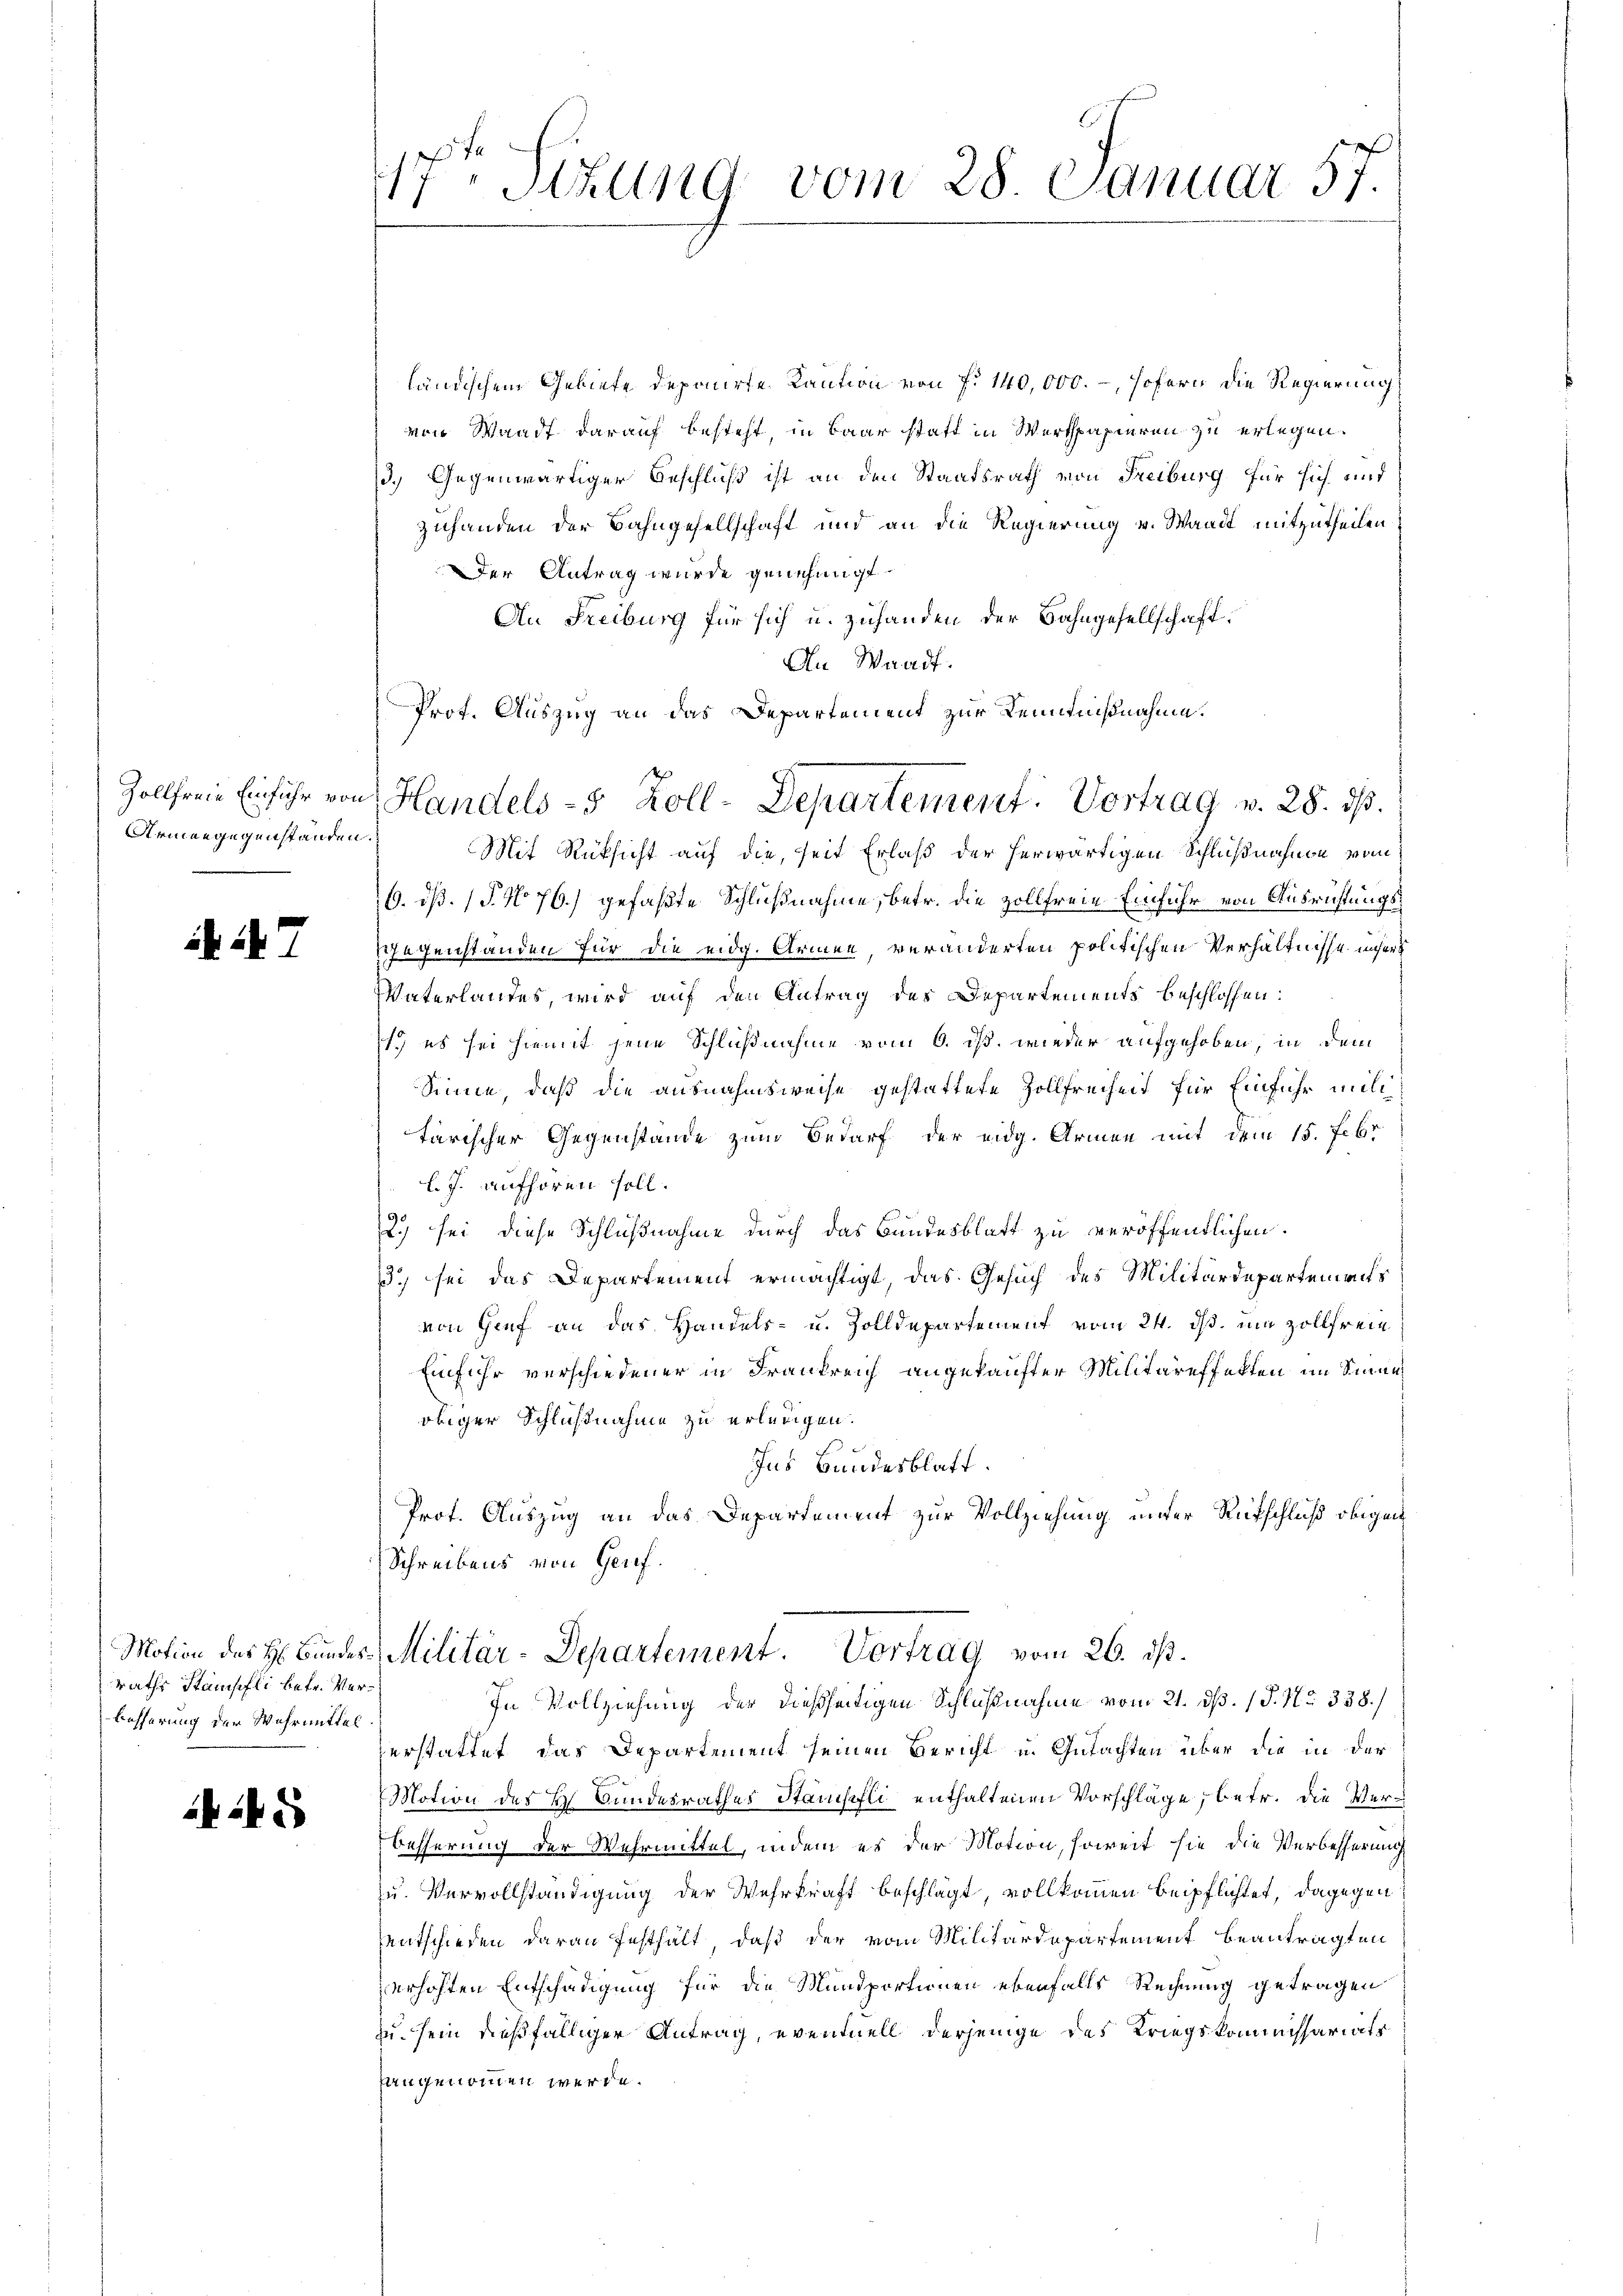
Armengegenstanden.

i7

Motion des H: Bundesraths Stanschli betr. Verbesserung der Wahrmittel

17. Sizung vom 28. Januar 57.

ländischem Gebiete deponirte Kaution von fr. 140,000. –, sofern die Regierung
von Waadt darauf besteht, in Baar statt in Wertpapieren zu erlegen.
3.) Gegenwärtiger Beschluß ist an den Staatsrath von Freiburg für sich und
zuhanden der Bahngesellschaft und an die Regierung v. Waadt mitzutheilen.
Der Antrag wurde genehmigt.
An Freiburg für sich u. zuhanden der Bahngesellschaft.
An Waadt.
Prof. Auszug an das Departement zur Kenntnißnahme.
Mit Rüksicht auf die, seit Erlaß der herwärtigen Schlußnahme von
6. ds. (T. No 76.) gefaßte Schlußnahme, betr. die Zollfreie Einfuhr von Ausrichtungs¬
Gegenstanden für die eidg. Armen, veränderten politischen Verhältnisse unser
Vaterlandes, wird auf den Antrag des Departements beschlossen:
1.) es sei hiemit jene Schlußnahme vom 6. ds. wieder aufgehoben, in dem
Sinne, daß die ausnahmsweise gestattete Zollfreiheit für Einfuhr mili
tarischer Gegenstände zum Bedarf der eidg. Armen mit dem 15. Febr
l. J. aufhören soll.
2.) sei diese Schlußnahme durch das Bundesblatt zu veröffentlichen.
3) sei das Departement ermächtigt, das Gesuch des Militärdepartements
von Genf an das Handels- u. Zolldepartement vom 24. ds. um Zollfrein¬
Einfuhr verschiedener in Frankreich angekaufter Militäreffekten im Sinne
obiger Schlußnahme zu erledigen.
Ins Bundesblatt.
Prot. Auszug an das Departement zur Vollziehung unter Rutschluß obigen
Schreibens von Genf.

Zollfreie Einführ von Handels- 5 Zoll-Departement: Vortrag v. 28. ds.

Militär-Departement. Vortrag vom 26. ds.
In Vollziehung der dießseitigen Schlußnahme vom 21. dß. P. Nr. 338./

erstattet, das Departement seinen Bericht u. Gutachten über die in der
Motion des H. Bundesrathes Stänchefli enthaltenen Vorschläge, betr. die Verbesserung der Wehrmittel, indem es der Motion, soweit sie die Verbesserung
u. Vervollständigung der Wehrkraft beschlägt, vollkommen beipflichtet, dagegen
entschieden daran festhält, daß der vom Militärdepartement beantragten
erhöhten Entschädigung für die Mundportionen ebenfalls Rechnung getragen
zu sein dießfälliger Antrag, eventuell derjenige des Kriegskommissariats
fangenommen werde.